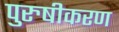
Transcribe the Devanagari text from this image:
पुरुषीकरण